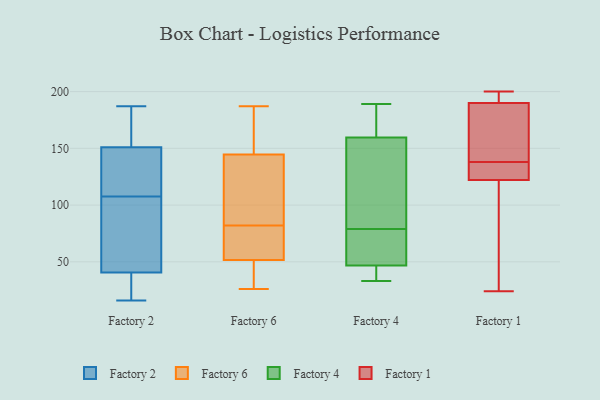
{"axis": {"x": "Production Output", "y": "Value"}, "legend": ["Factory 1", "Factory 2", "Factory 4", "Factory 6"], "data": [{"x": "", "y": 55, "type": "Factory 2"}, {"x": "", "y": 106, "type": "Factory 2"}, {"x": "", "y": 187, "type": "Factory 2"}, {"x": "", "y": 164, "type": "Factory 2"}, {"x": "", "y": 23, "type": "Factory 2"}, {"x": "", "y": 154, "type": "Factory 2"}, {"x": "", "y": 111, "type": "Factory 2"}, {"x": "", "y": 109, "type": "Factory 2"}, {"x": "", "y": 153, "type": "Factory 2"}, {"x": "", "y": 76, "type": "Factory 2"}, {"x": "", "y": 62, "type": "Factory 2"}, {"x": "", "y": 16, "type": "Factory 2"}, {"x": "", "y": 26, "type": "Factory 2"}, {"x": "", "y": 17, "type": "Factory 2"}, {"x": "", "y": 149, "type": "Factory 2"}, {"x": "", "y": 139, "type": "Factory 2"}, {"x": "", "y": 158, "type": "Factory 6"}, {"x": "", "y": 26, "type": "Factory 6"}, {"x": "", "y": 104, "type": "Factory 6"}, {"x": "", "y": 51, "type": "Factory 6"}, {"x": "", "y": 187, "type": "Factory 6"}, {"x": "", "y": 53, "type": "Factory 6"}, {"x": "", "y": 169, "type": "Factory 6"}, {"x": "", "y": 67, "type": "Factory 6"}, {"x": "", "y": 82, "type": "Factory 6"}, {"x": "", "y": 90, "type": "Factory 6"}, {"x": "", "y": 34, "type": "Factory 6"}, {"x": "", "y": 182, "type": "Factory 4"}, {"x": "", "y": 168, "type": "Factory 4"}, {"x": "", "y": 177, "type": "Factory 4"}, {"x": "", "y": 40, "type": "Factory 4"}, {"x": "", "y": 134, "type": "Factory 4"}, {"x": "", "y": 52, "type": "Factory 4"}, {"x": "", "y": 61, "type": "Factory 4"}, {"x": "", "y": 79, "type": "Factory 4"}, {"x": "", "y": 45, "type": "Factory 4"}, {"x": "", "y": 33, "type": "Factory 4"}, {"x": "", "y": 113, "type": "Factory 4"}, {"x": "", "y": 84, "type": "Factory 4"}, {"x": "", "y": 40, "type": "Factory 4"}, {"x": "", "y": 57, "type": "Factory 4"}, {"x": "", "y": 189, "type": "Factory 4"}, {"x": "", "y": 83, "type": "Factory 1"}, {"x": "", "y": 157, "type": "Factory 1"}, {"x": "", "y": 130, "type": "Factory 1"}, {"x": "", "y": 24, "type": "Factory 1"}, {"x": "", "y": 190, "type": "Factory 1"}, {"x": "", "y": 200, "type": "Factory 1"}, {"x": "", "y": 144, "type": "Factory 1"}, {"x": "", "y": 132, "type": "Factory 1"}, {"x": "", "y": 194, "type": "Factory 1"}, {"x": "", "y": 122, "type": "Factory 1"}]}